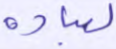
لعباده